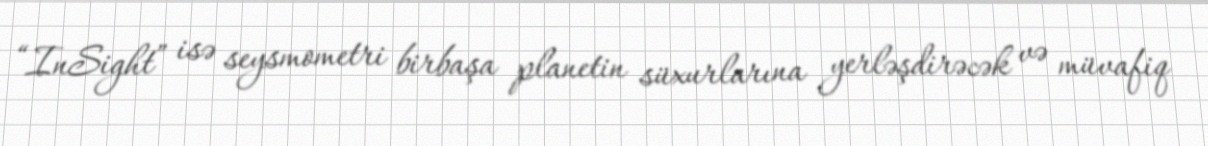
“InSight” isə seysmometri birbaşa planetin süxurlarına yerləşdirəcək və müvafiq